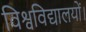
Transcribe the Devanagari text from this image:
विश्वविद्यालयों।